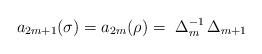
LaTeX: \begin{align*}a_{2m+1}(\sigma)=a_{2m}(\rho)=\ \Delta_m^{-1} \, \Delta_{m+1}\end{align*}